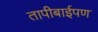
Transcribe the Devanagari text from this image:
तापीबाईपण